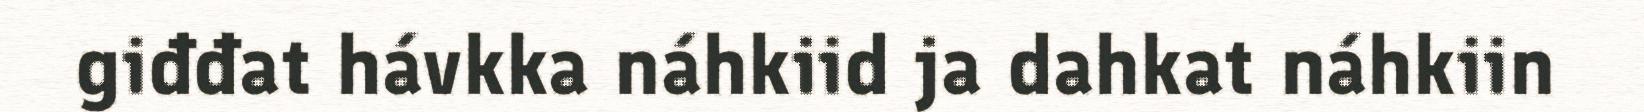
giđđat hávkka náhkiid ja dahkat náhkiin